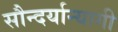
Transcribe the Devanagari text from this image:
सौन्दर्यान्यागी